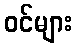
ဝင်များ